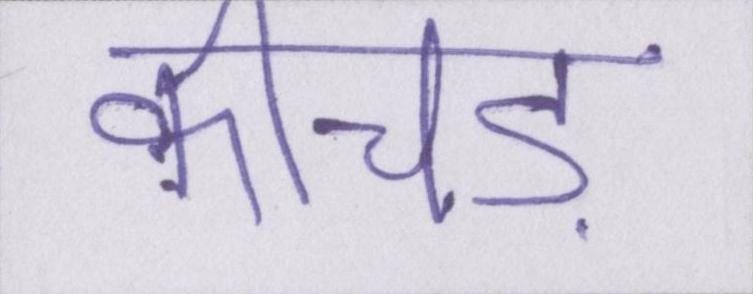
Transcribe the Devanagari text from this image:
कीचड़